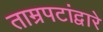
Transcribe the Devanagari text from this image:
ताम्रपटांद्वारे